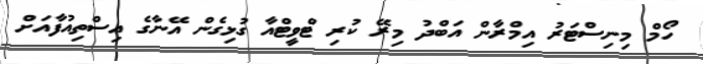
ހޯމް މިނިސްޓަރު އިމްރާން އަބްދު މިރޭ ކުރި ޓްވީޓްއާ ގުޅިގެން އޭނާގެ އިސްތިއުފާއަށް